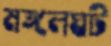
মঙ্গলঘট